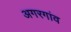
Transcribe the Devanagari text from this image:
अगरगांव